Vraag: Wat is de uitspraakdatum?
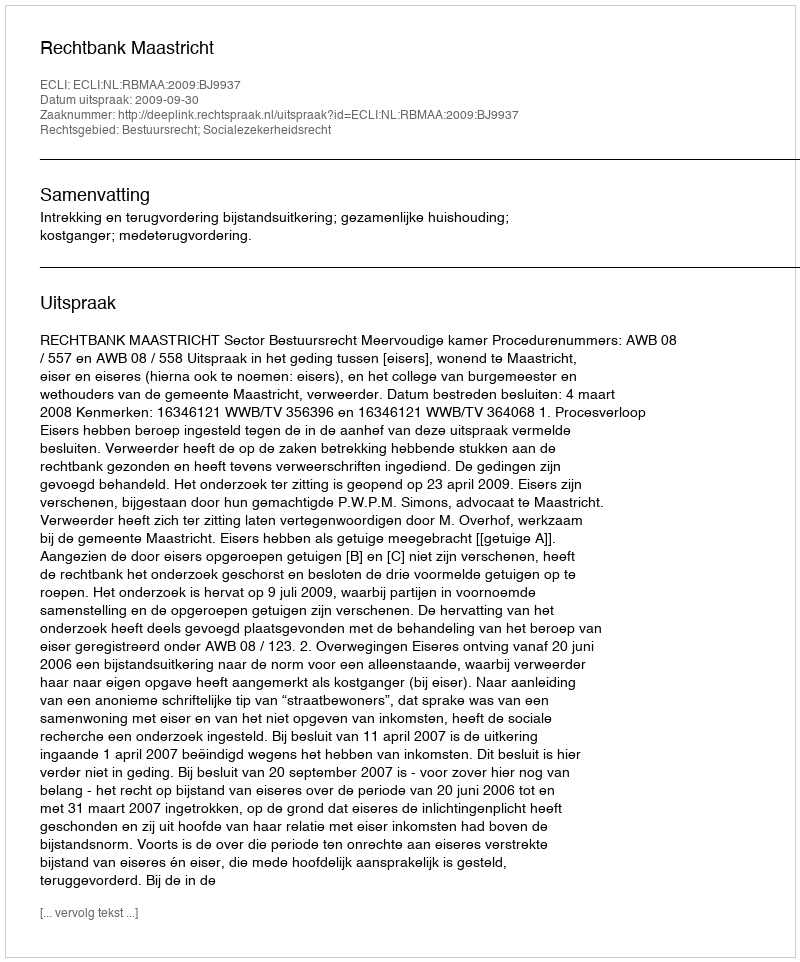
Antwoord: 2009-09-30